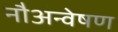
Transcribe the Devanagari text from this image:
नौअन्वेषण